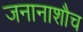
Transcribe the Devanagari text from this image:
जनानाशौच